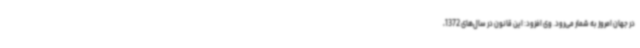
در جهان امروز به شمار می‌رود. وی افزود: این قانون در سال‌های 1372،